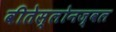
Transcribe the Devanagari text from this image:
वीतेस्लोनज्वल